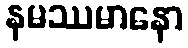
နမဿမာနော